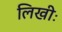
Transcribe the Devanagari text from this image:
लिखीः